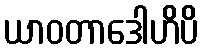
ယာဝတာဒေါဟိပိ